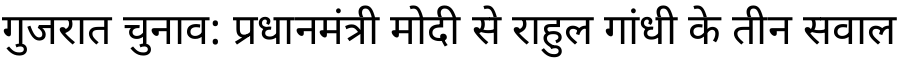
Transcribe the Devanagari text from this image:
गुजरात चुनाव: प्रधानमंत्री मोदी से राहुल गांधी के तीन सवाल